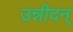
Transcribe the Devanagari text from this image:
उन्नीदन्